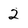
Character: 2